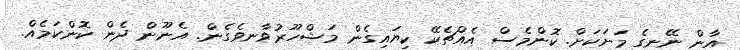
އާން ނޭނގެ މަށަކަށް. ކޮންމެސް އެއްޗެކޭ ކިޔައިގެން މަޝްހޫރުވާނވެގެން. އެނޫން ދެން ކޮންކަމެއް.